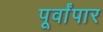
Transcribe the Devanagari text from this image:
पूर्वांपार